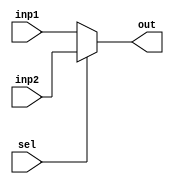
module MUX_2to1(inp1,inp2,sel,out);

input [31:0]inp1;
input [31:0]inp2;
input sel;
output wire [31:0]out;

assign out = (sel == 0)?(inp1):(inp2);

endmodule